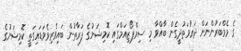
ގެ މެމްބަރުންނަށް ދަޢުވަތުދީގެން ބާއްވާ މި ސިމްޕޯޒިއަމްގައި ކޮމިޝަނުގެ ފަރާތުން ބައިވެރިވެވަޑައިގަތީ ކޮމިޝަނުގެ